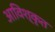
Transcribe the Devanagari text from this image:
आविश्कृत